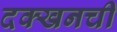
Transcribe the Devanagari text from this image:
दक्खनची